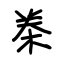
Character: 桊